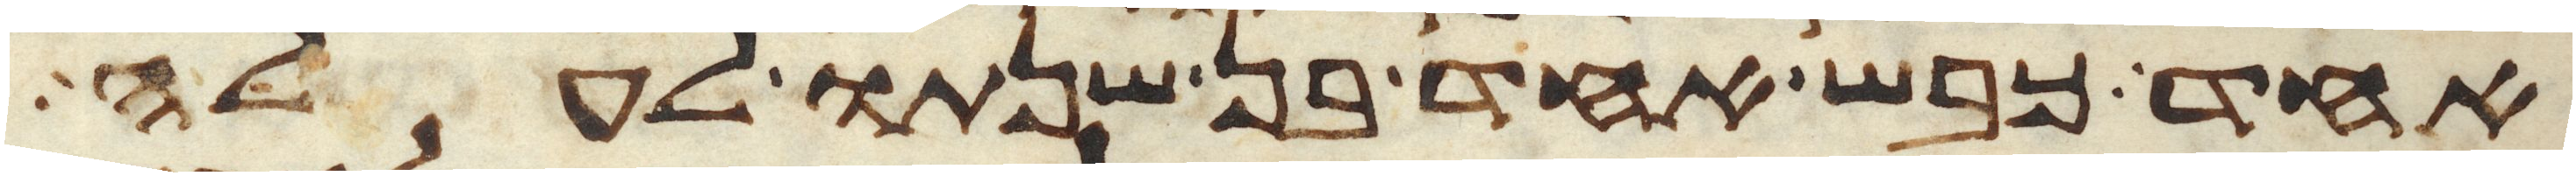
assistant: אחד כבש אחד בן שנתו לעלה